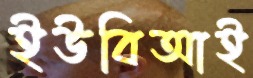
ইউবিআই